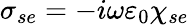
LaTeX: {\sigma}_{se}=-i\omega\varepsilon_{0}\chi_{se}